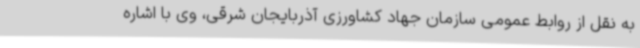
به نقل از روابط عمومی سازمان جهاد کشاورزی آذربایجان شرقی، وی با اشاره